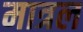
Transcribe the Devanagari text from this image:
मात्रल